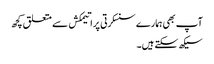
آپ بھی ہمارے سنسکرتی پراتیمکش سے متعلق کچھ
سیکھ سکتے ہیں۔